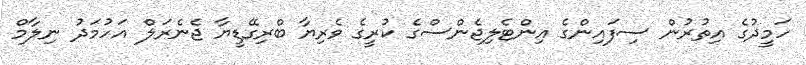
ހަމީދުގެ އިތުރުން ސިފައިންގެ އިންޓެލިޖެންސްގެ ކުރީގެ ވެރިޔާ ބްރިގޭޑީޔާ ޖެނެރަލް އަހުމަދު ނިލާމް